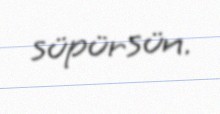
süpürsün.